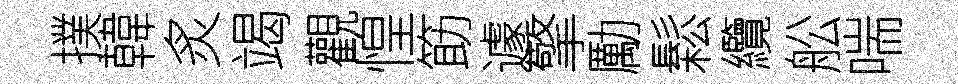
撲韓炙竭觀惶筯遽擎勵鬆纜舩喘